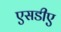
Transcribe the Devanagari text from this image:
एसडीए